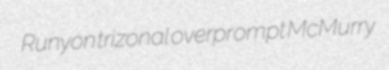
Runyon trizonal overprompt McMurry